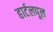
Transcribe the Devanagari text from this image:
हार्टलपूल